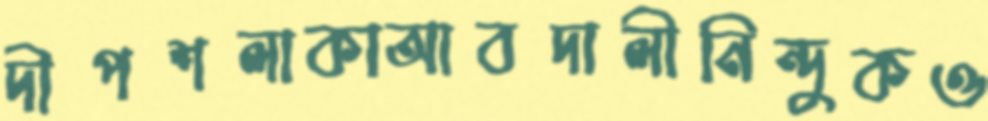
দীপশলাকাআবদালীনিন্দুকও